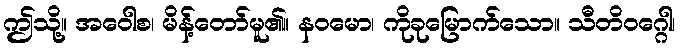
ဤသို့။ အဝေါစ၊ မိန့်တော်မူ၏။ နဝမော၊ ကိုခုမြောက်သော။ သီတိဝဂ္ဂေါ၊